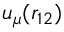
u _ { \mu } ( r _ { 1 2 } )